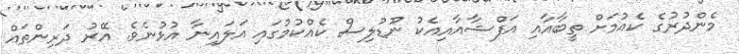
މެންދުރުގެ ކެއުމަށް ތީބާއާއި އަފްޝާއާއިއެކު ނޫޑުލިސް ކެއްކުމުގައި އަލައިނާ އުޅުނެވެ. އޭރު ދަރިންތައް